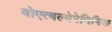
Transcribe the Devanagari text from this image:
वोएत्बल्वेरेनिगिङ